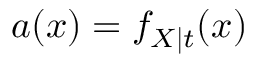
a ( x ) = f _ { X \mid t } ( x )